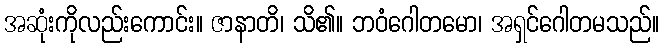
အဆုံးကိုလည်းကောင်း။ ဇာနာတိ၊ သိ၏။ ဘဝံဂေါတမော၊ အရှင်ဂေါတမသည်။